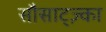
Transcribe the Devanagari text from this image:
सौसाट्ज़्का